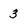
Character: 3